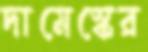
দামেস্কের